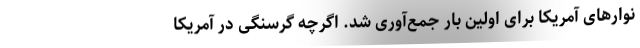
نوارهای آمریکا برای اولین بار جمع‌آوری شد. اگرچه گرسنگی در آمریکا